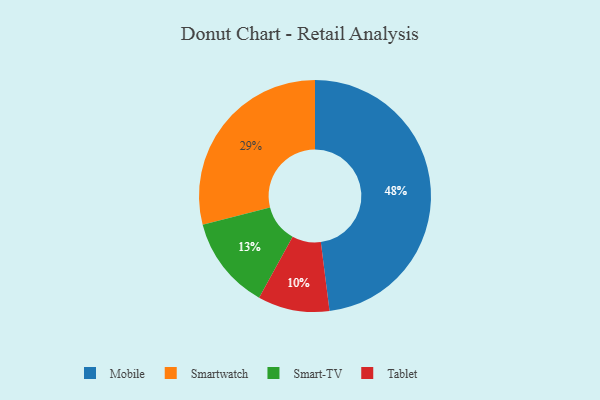
{"axis": {"x": "Category", "y": "Percentage"}, "legend": ["Mobile", "Smart-TV", "Smartwatch", "Tablet"], "data": [{"x": "Tablet", "y": 10, "type": "Tablet"}, {"x": "Mobile", "y": 48, "type": "Mobile"}, {"x": "Smartwatch", "y": 29, "type": "Smartwatch"}, {"x": "Smart-TV", "y": 13, "type": "Smart-TV"}]}